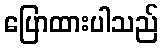
ပြောထားပါသည်